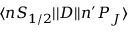
\ensuremath { \langle n S _ { 1 / 2 } | | } D \ensuremath { | | n ^ { \prime } P _ { J } \rangle }